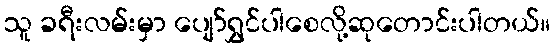
သူ ခရီးလမ်းမှာ ပျော်ရွှင်ပါစေလို့ဆုတောင်းပါတယ်။